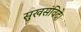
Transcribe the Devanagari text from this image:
सुखसंविदे।